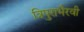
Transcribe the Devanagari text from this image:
त्रिपुराभैरवी